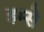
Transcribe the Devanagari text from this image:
हम्से